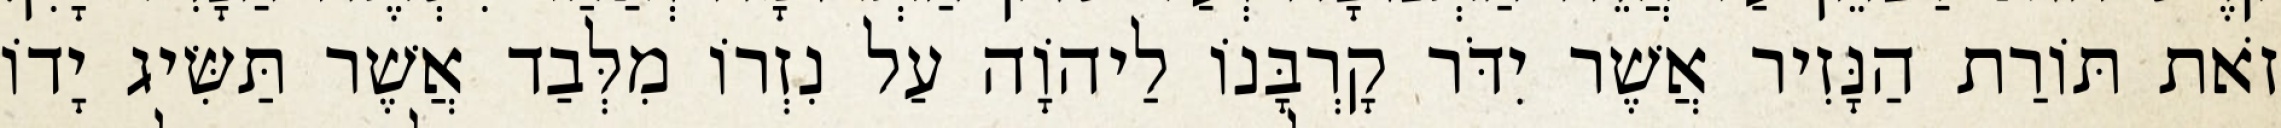
זֹאת תּוֹרַת הַנָּזִיר אֲשֶׁר יִדֹּר קָרְבָּנוֹ לַיהוָֹה עַל נִזְרוֹ מִלְּבַד אֲשֶׁר תַּשִּׂיג יָדוֹ